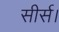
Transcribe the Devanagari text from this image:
सीर्स।